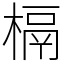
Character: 槅